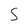
Character: 5